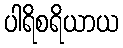
ပါရိစရိယာယ